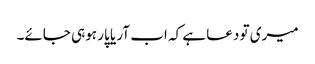
میری تو دعا ہے کہ اب آر یا پار ہوہی جائے۔